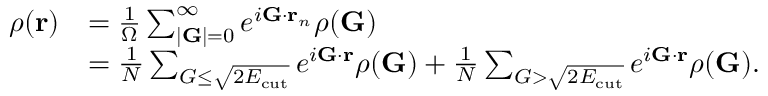
\begin{array} { r l } { \rho ( \mathbf { r } ) } & { = \frac { 1 } { \Omega } \sum _ { | \mathbf { G } | = 0 } ^ { \infty } e ^ { i \mathbf { G } \cdot \mathbf { r } _ { n } } \rho ( \mathbf { G } ) } \\ & { = \frac { 1 } { N } \sum _ { G \leq \sqrt { 2 E _ { \mathrm { c u t } } } } e ^ { i \mathbf { G } \cdot \mathbf { r } } \rho ( \mathbf { G } ) + \frac { 1 } { N } \sum _ { G > \sqrt { 2 E _ { \mathrm { c u t } } } } e ^ { i \mathbf { G } \cdot \mathbf { r } } \rho ( \mathbf { G } ) . } \end{array}